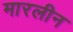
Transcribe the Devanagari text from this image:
मारलीन